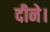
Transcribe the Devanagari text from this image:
दीने।